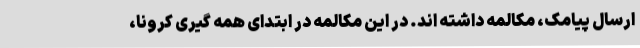
ارسال پیامک، مکالمه داشته اند. در این مکالمه در ابتدای همه گیری کرونا،